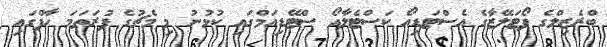
ބްރެޒިލްގެ ފޯޓަލޭޒާގެ އެސްޓަޑިއޯ ކަސްޓެލާއޯ ސްޓޭޑިއަމްގައި ކުޅުނު މި މެޗުގެ ފުރަތަމަ ހާފްގައި